Document type: Sale
Year: 1440
Scribe: Pere Pau Pujades
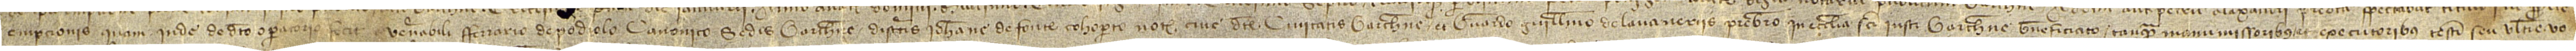
empcionis quam inde de dicto operatorio fecit a venerabili Ferrario de Podiolo, canonico Sedis Barchinone, discretis Iohanne de Fonte Cohoperto, notario, cive dicte civitatis Barchinone, et Bernardo Guillelmo de Lavaneriis, presbitero in ecclesia Sancti Iusti Barchinone beneficiato, tanquam manumissoribus etexecutoribus testamenti seu ultime vo-